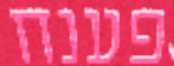
פענח